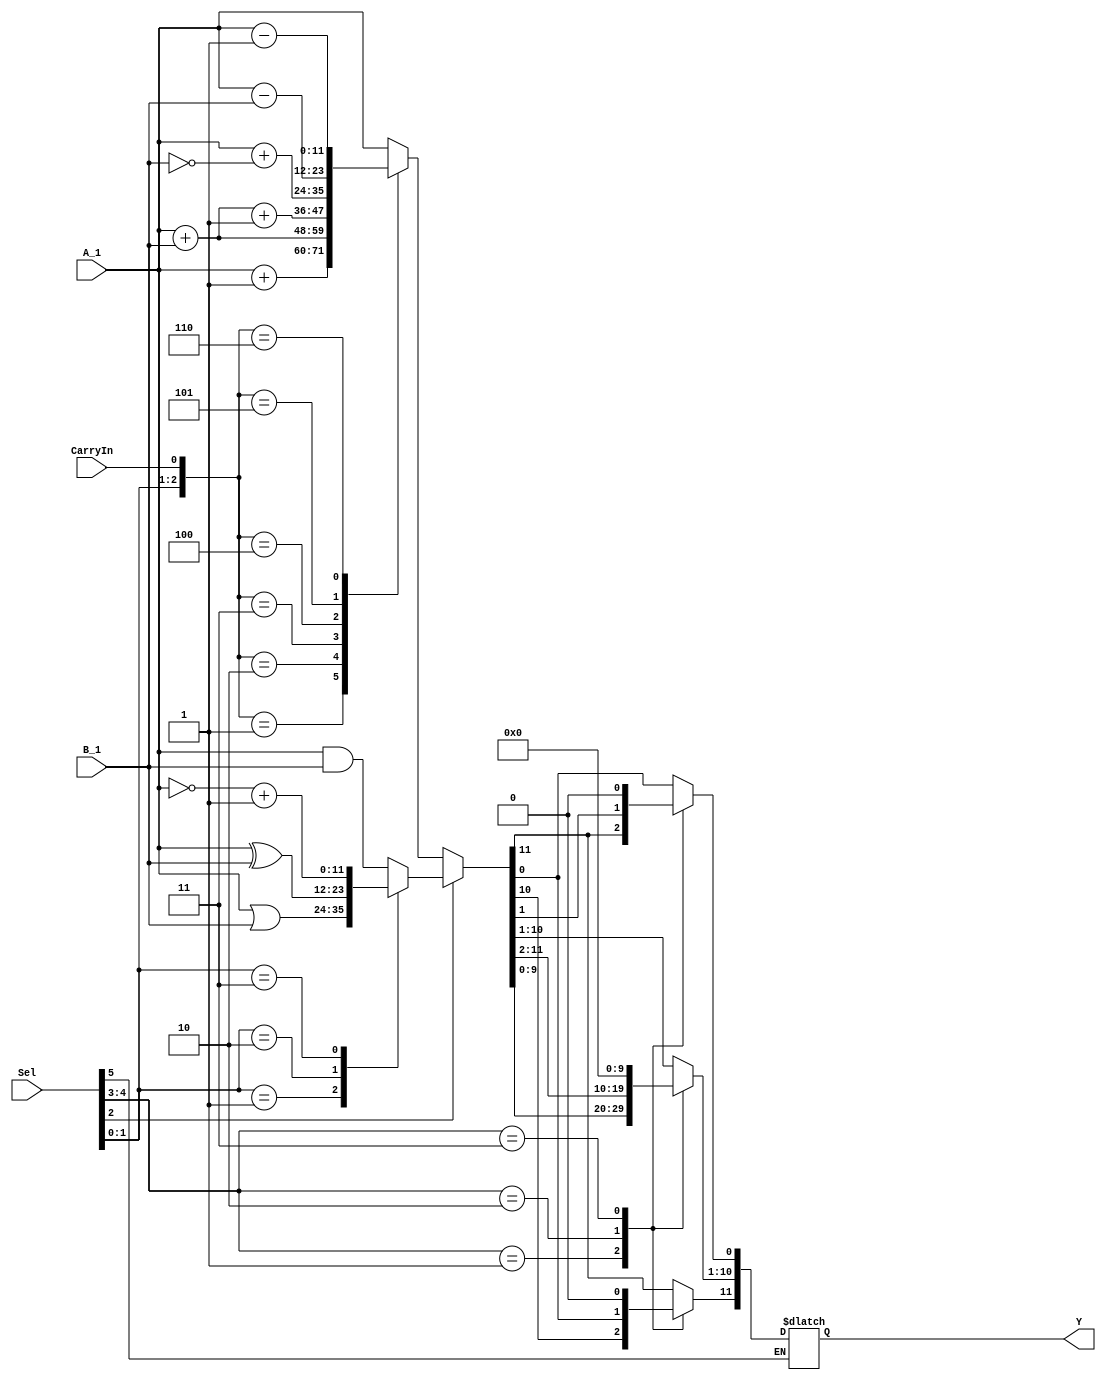
module ALU(Sel, CarryIn, A_1, B_1, Y);


	input[5:0] Sel;
	input CarryIn;
	input[11:0] A_1, B_1;
	
	output [11:0] Y;

	reg C;
	reg D;
	reg[11:0] A, B;
	reg[11:0] Y;
	reg[11:0] LogicUnit, ArithUnit, ALU_NoShift;
	
	always@(Sel or A_1 or B_1 or CarryIn)
	begin
		if(A_1[10])
			A = {11'b111_1111_1111, A_1};
		
		else
			A = {11'b000_0000_0000, A_1};
			
		if(B_1[10])
			B = {11'b111_1111_1111, B_1};
		
		else
			B = {11'b000_0000_0000, B_1};
		
		
		if(!Sel[5]) begin
			//------------------
			//Logic Unit
			//------------------
			
			case(Sel[1:0])
				2'b00 : LogicUnit = A & B;
				2'b01 : LogicUnit = A | B;
				2'b10 : LogicUnit = A ^ B;
				2'b11 : LogicUnit = ~A + 1;
				default : LogicUnit = 22'bX;
			endcase
			
			//------------------
			//Arithmatic Unit
			//------------------
			
			case({Sel[1:0], CarryIn})
				3'b000 : ArithUnit = A;
				3'b001 : ArithUnit = A + 1;
				3'b010 : ArithUnit = A + B;
				3'b011 : ArithUnit = A + B + 1;
				3'b100 : ArithUnit = A + ~B;
				3'b101 : ArithUnit = A - B;
				3'b110 : ArithUnit = A - 1;
				3'b111 : ArithUnit = A;
				default : ArithUnit = 22'bX;
			endcase
			
			//--------------------------------------------
			//Multiplex between logic & arithmatic units
			//--------------------------------------------
			
			if(Sel[2])
				ALU_NoShift = LogicUnit;
				
			else
				ALU_NoShift = ArithUnit;
				
			//------------------
			//Shift operations
			//------------------
			
			case(Sel[4:3])
				2'b00 : Y = ALU_NoShift;
				2'b01 : begin
					  C=ALU_NoShift[11];
					  Y = ALU_NoShift << 1;
					  Y[0] = C;
					end

				2'b10 : begin
					  D = ALU_NoShift[0];
					  Y = ALU_NoShift >> 1;
					  Y[11] = D;
					end
				2'b11 : Y = 22'b0;
				default : Y = 22'bX;
			endcase
		end
	end
	
endmodule